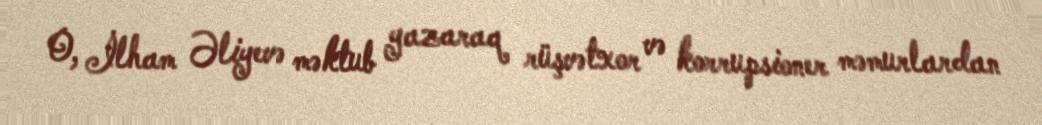
O, İlham Əliyevə məktub yazaraq rüşvətxor və korrupsioner məmurlardan